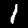
Label: 1